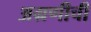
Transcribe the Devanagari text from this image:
अग्रणीची